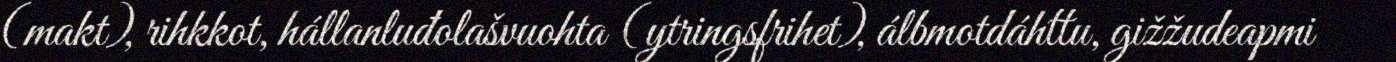
(makt), rihkkot, hállanluđolašvuohta (ytringsfrihet), álbmotdáhttu, gižžudeapmi